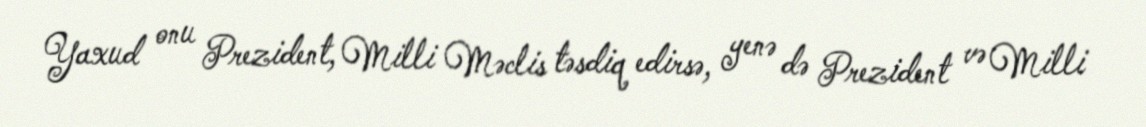
Yaxud onu Prezident, Milli Məclis təsdiq edirsə, yenə də Prezident və Milli